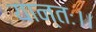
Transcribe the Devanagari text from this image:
यान्तः।।